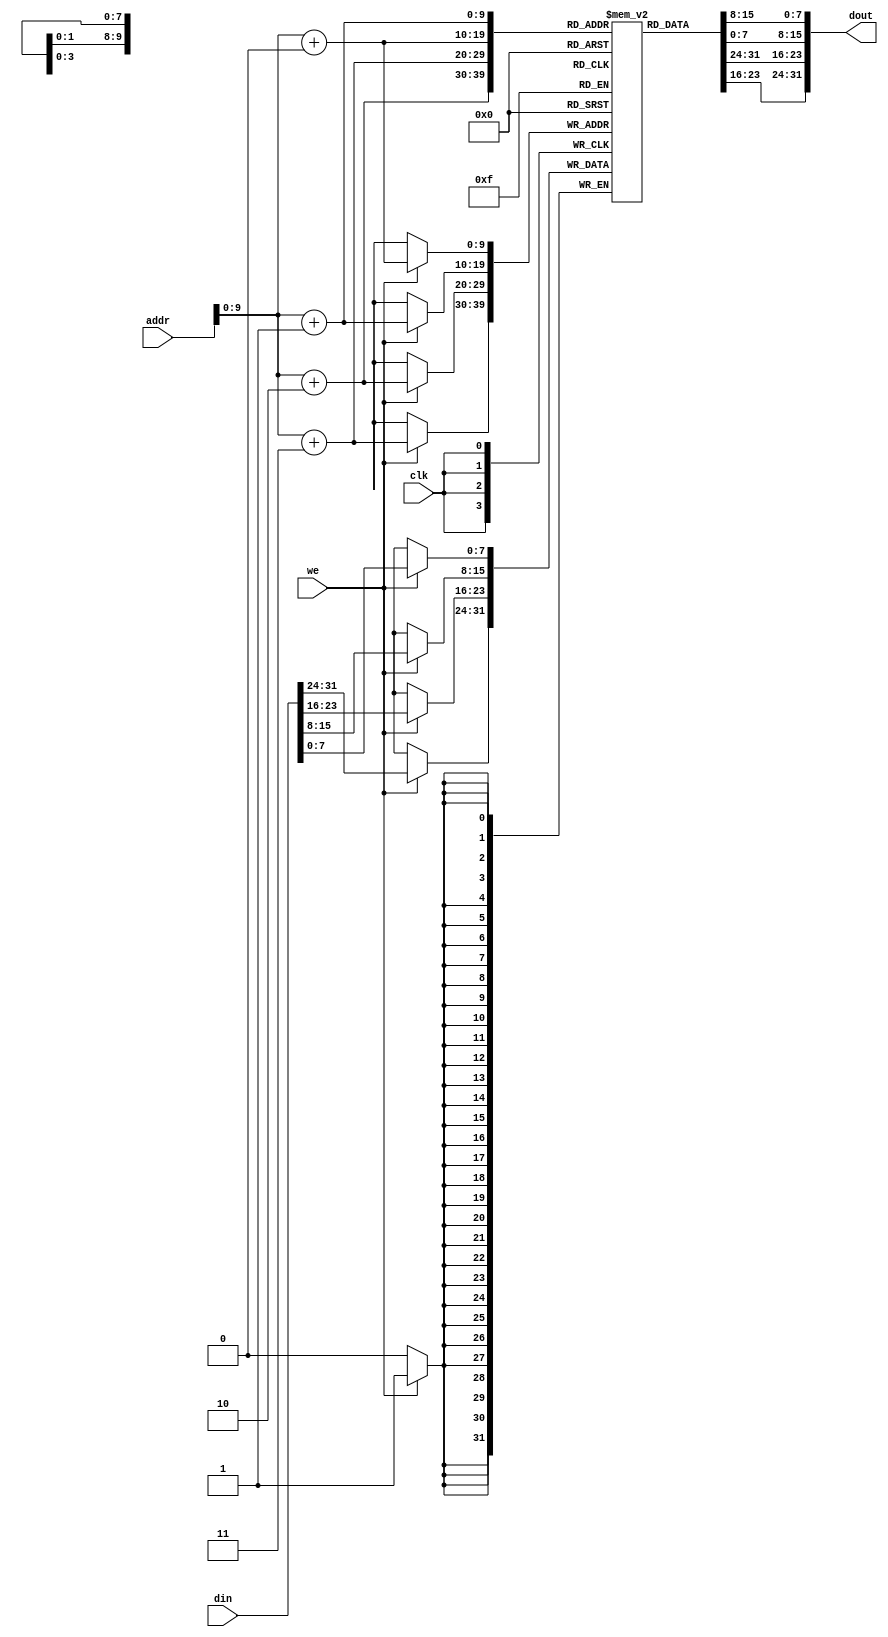
module dm(addr, din, we, clk, dout);//8*1024
    input [31:0] din;                  //inut data                     
    input [11:0] addr;                 //input address
    input        we;                   //enable
    input        clk;                         
    output[31:0] dout;                 //output data

    reg  [7:0] ram [1023:0];          // data memory

    assign  dout={ram[addr+3],ram[addr+2],ram[addr+1],ram[addr+0]};// output data
    
    always  @(posedge clk)begin
        if(we)
          {ram[addr+3],ram[addr+2],ram[addr+1],ram[addr+0]}<=din;
    end
endmodule